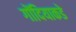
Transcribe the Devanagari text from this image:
गोंदियाकडे